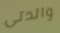
والدتى